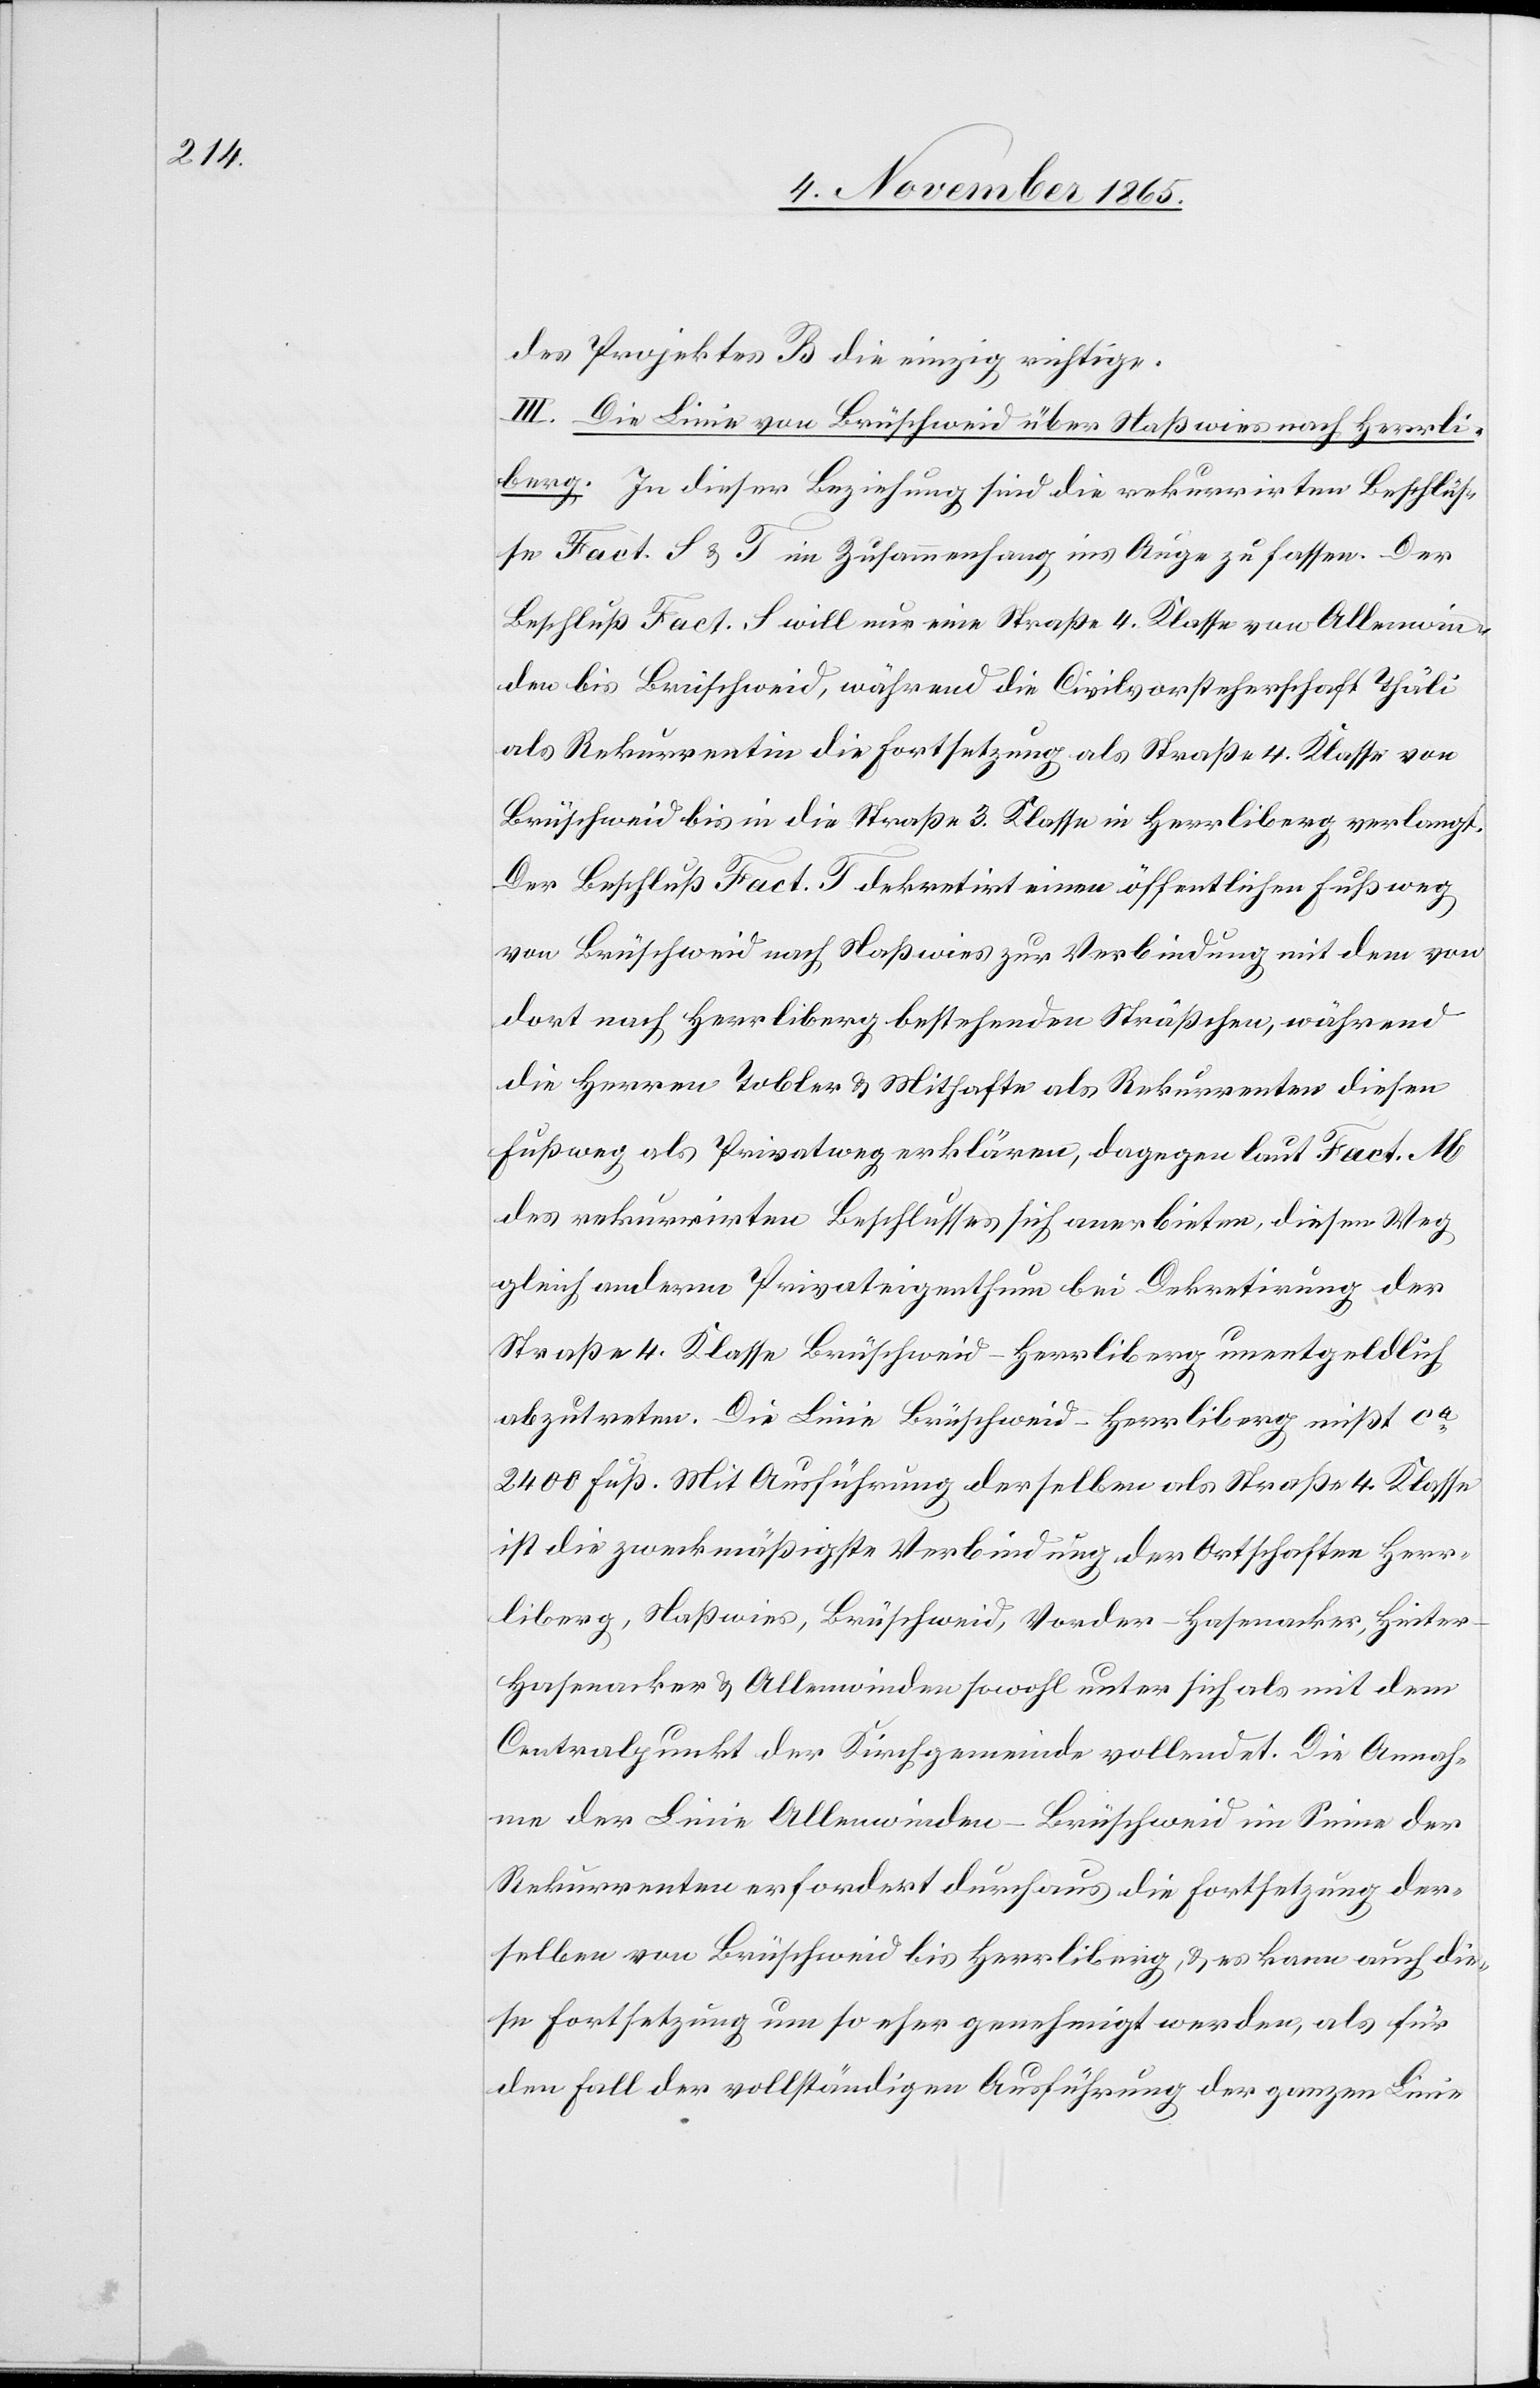
des Projektes B die einzig richtige.
III. Die Linie von Brüschweid über Naßwies nach Herrli¬
berg. In dieser Beziehung sind die rekurrirten Beschlüs¬
se Fact. S & T im Zusammenhang ins Auge zu fassen. Der
Beschluß Fact. S will nur eine Straße 4. Klasse von Allenwin¬
den bis Brüschweid, während die Civilvorsteherschaft Thäli
als Rekurrentin die Fortsetzung als Straße 4. Klasse von
Brüschweid bis in die Straße 3. Klasse in Herrliberg verlangt.
Der Beschluß Fact. T dekretirt einen öffentlichen Fußweg
von Brüschweid nach Naßwies zur Verbindung mit dem von
dort nach Herrliberg bestehenden Sträßchen, während
die Herren Tobler & Mithafte als Rekurrenten diesen
Fußweg als Privatweg erklären, dagegen laut Fact. M
des rekurrirten Beschlusses sich anerbieten, diesen Weg
gleich anderm Privateigenthum bei Dekretirung der
Straße 4. Klasse Brüschweid–Herrliberg unentgeldlich
abzutreten. Die Linie Brüschweid–Herrliberg mißt ca
2400 Fuß. Mit Ausführung derselben als Straße 4. Klasse
ist die zweckmäßigste Verbindung der Ortschaften Herr¬
liberg, Naßwies, Brüschweid, Vorder-Hasenacker, Hinte¬
r-Hasenacker & Allenwinden sowohl unter sich als mit dem
Centralpunkt der Kirchgemeinde vollendet. Die Annah¬
me der Linie Allenwinden–Brüschweid im Sinne der
Rekurrenten erfordert durchaus die Fortsetzung der¬
selben von Brüschweid bis Herrliberg, & es kann auch die¬
se Fortsetzung um so eher genehmigt werden, als für
den Fall der vollständigen Ausführung der ganzen Linie